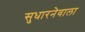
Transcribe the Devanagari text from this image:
सुधारनेवाला